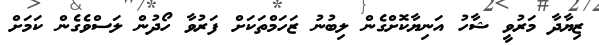
ޒިޔާދާ މަރުވީ ޝާހު އަނިޔާކޮށްގެން ލިބުނު ޒަހަމްތަކަށް ފަރުވާ ހޯދުން ލަސްވެގެން ކަމަށް